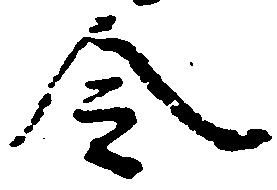
令